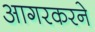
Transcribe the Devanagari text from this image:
आगरकरने